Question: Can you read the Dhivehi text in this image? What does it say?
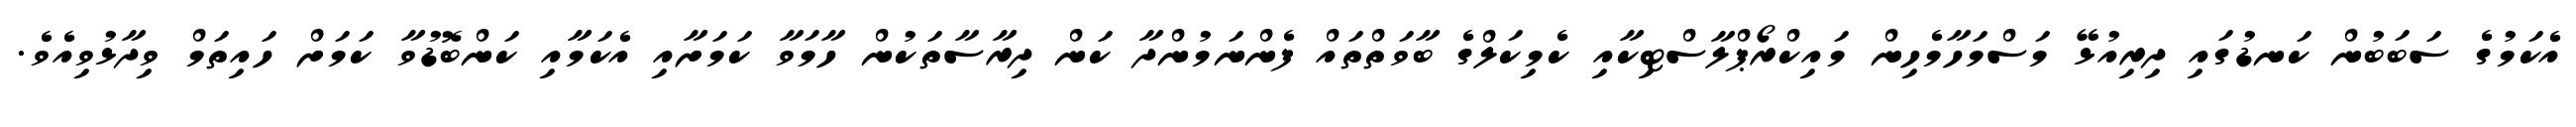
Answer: އެކަމުގެ ސަބަބުން ކަނޑުގައި ދިރިއުޅޭ މަސްމަހާމެހިން މައިކްރޯޕްލާސްޓިކާއި ކެމިކަލްގެ ބާވަތްތައް ފެންނަމުންދާ ކަން ދިރާސާތަކުން ހާމަވާ ކަމަށާއި އެކަމާއި ކަންބޮޑުވާ ކަމަށް ހައިތަމް ވިދާޅުވިއެވެ.